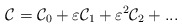
\begin{align*}{\cal C}={\cal C}_0+\varepsilon{\cal C}_1+\varepsilon^2{\cal C}_2+...\end{align*}